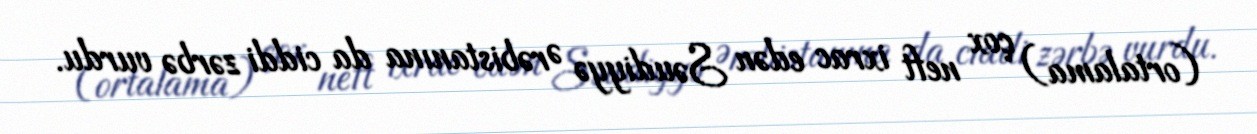
(ortalama) çox neft ixrac edən Səudiyyə Ərəbistanına da ciddi zərbə vurdu.